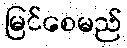
မြင်စေမည်